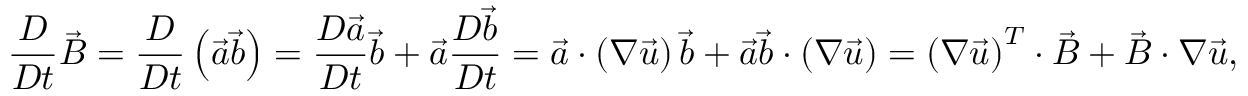
\frac { D } { D t } \vec { B } = \frac { D } { D t } \left( \vec { a } \vec { b } \right) = \frac { D \vec { a } } { D t } \vec { b } + \vec { a } \frac { D \vec { b } } { D t } = \vec { a } \cdot \left( \boldsymbol { \nabla } \vec { u } \right) \vec { b } + \vec { a } \vec { b } \cdot \left( \boldsymbol { \nabla } \vec { u } \right) = \left( \boldsymbol { \nabla } \vec { u } \right) ^ { T } \cdot \vec { B } + \vec { B } \cdot \boldsymbol { \nabla } \vec { u } ,